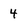
Character: 4